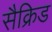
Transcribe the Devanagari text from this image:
सैक्रिड